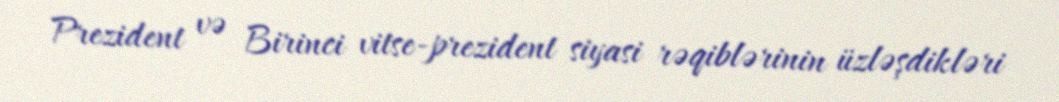
Prezident və Birinci vitse-prezident siyasi rəqiblərinin üzləşdikləri